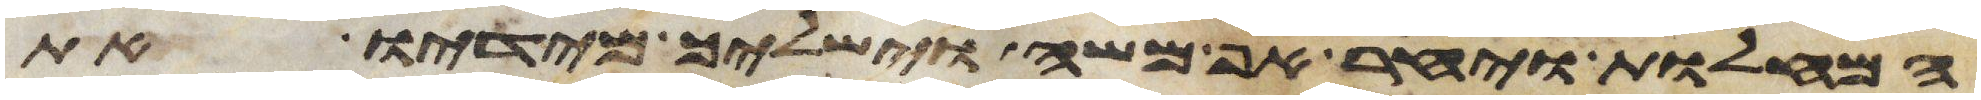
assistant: המחלות ויחר אף משה וישליך מידיו את